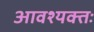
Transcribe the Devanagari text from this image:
आवश्यक्तः